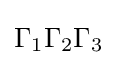
\Gamma _{1}\Gamma _{2}\Gamma _{3}